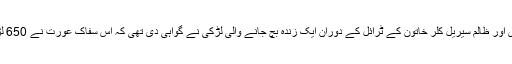
دنیا کی سب سے بڑی اور ظالم سیریل کلر خاتون کے ٹرائل کے دوران ایک زندہ بچ جانے والی لڑکی نے گواہی دی تھی کہ اس سفاک عورت نے 650 لڑکیوں کا قتل کیا ہے۔